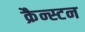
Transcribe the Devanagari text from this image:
क्रैन्स्टन